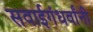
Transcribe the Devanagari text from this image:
सवाईगंधर्वांनी